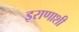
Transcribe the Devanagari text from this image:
इराणाशी